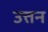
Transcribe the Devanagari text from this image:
उत्तन